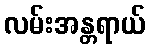
လမ်းအန္တရာယ်